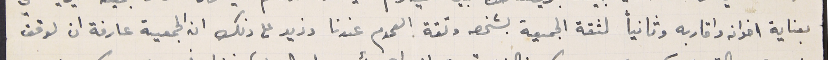
بعناية اخوانه واقاربه وثانياً لثقة الجمعية بشخصه وثقة العموم عندنا وزيد على ذلك ان الجمعية عارفة ان لوقف